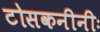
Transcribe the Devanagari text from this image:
टोसकनीनीः